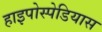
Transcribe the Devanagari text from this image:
हाइपोस्पेडियास